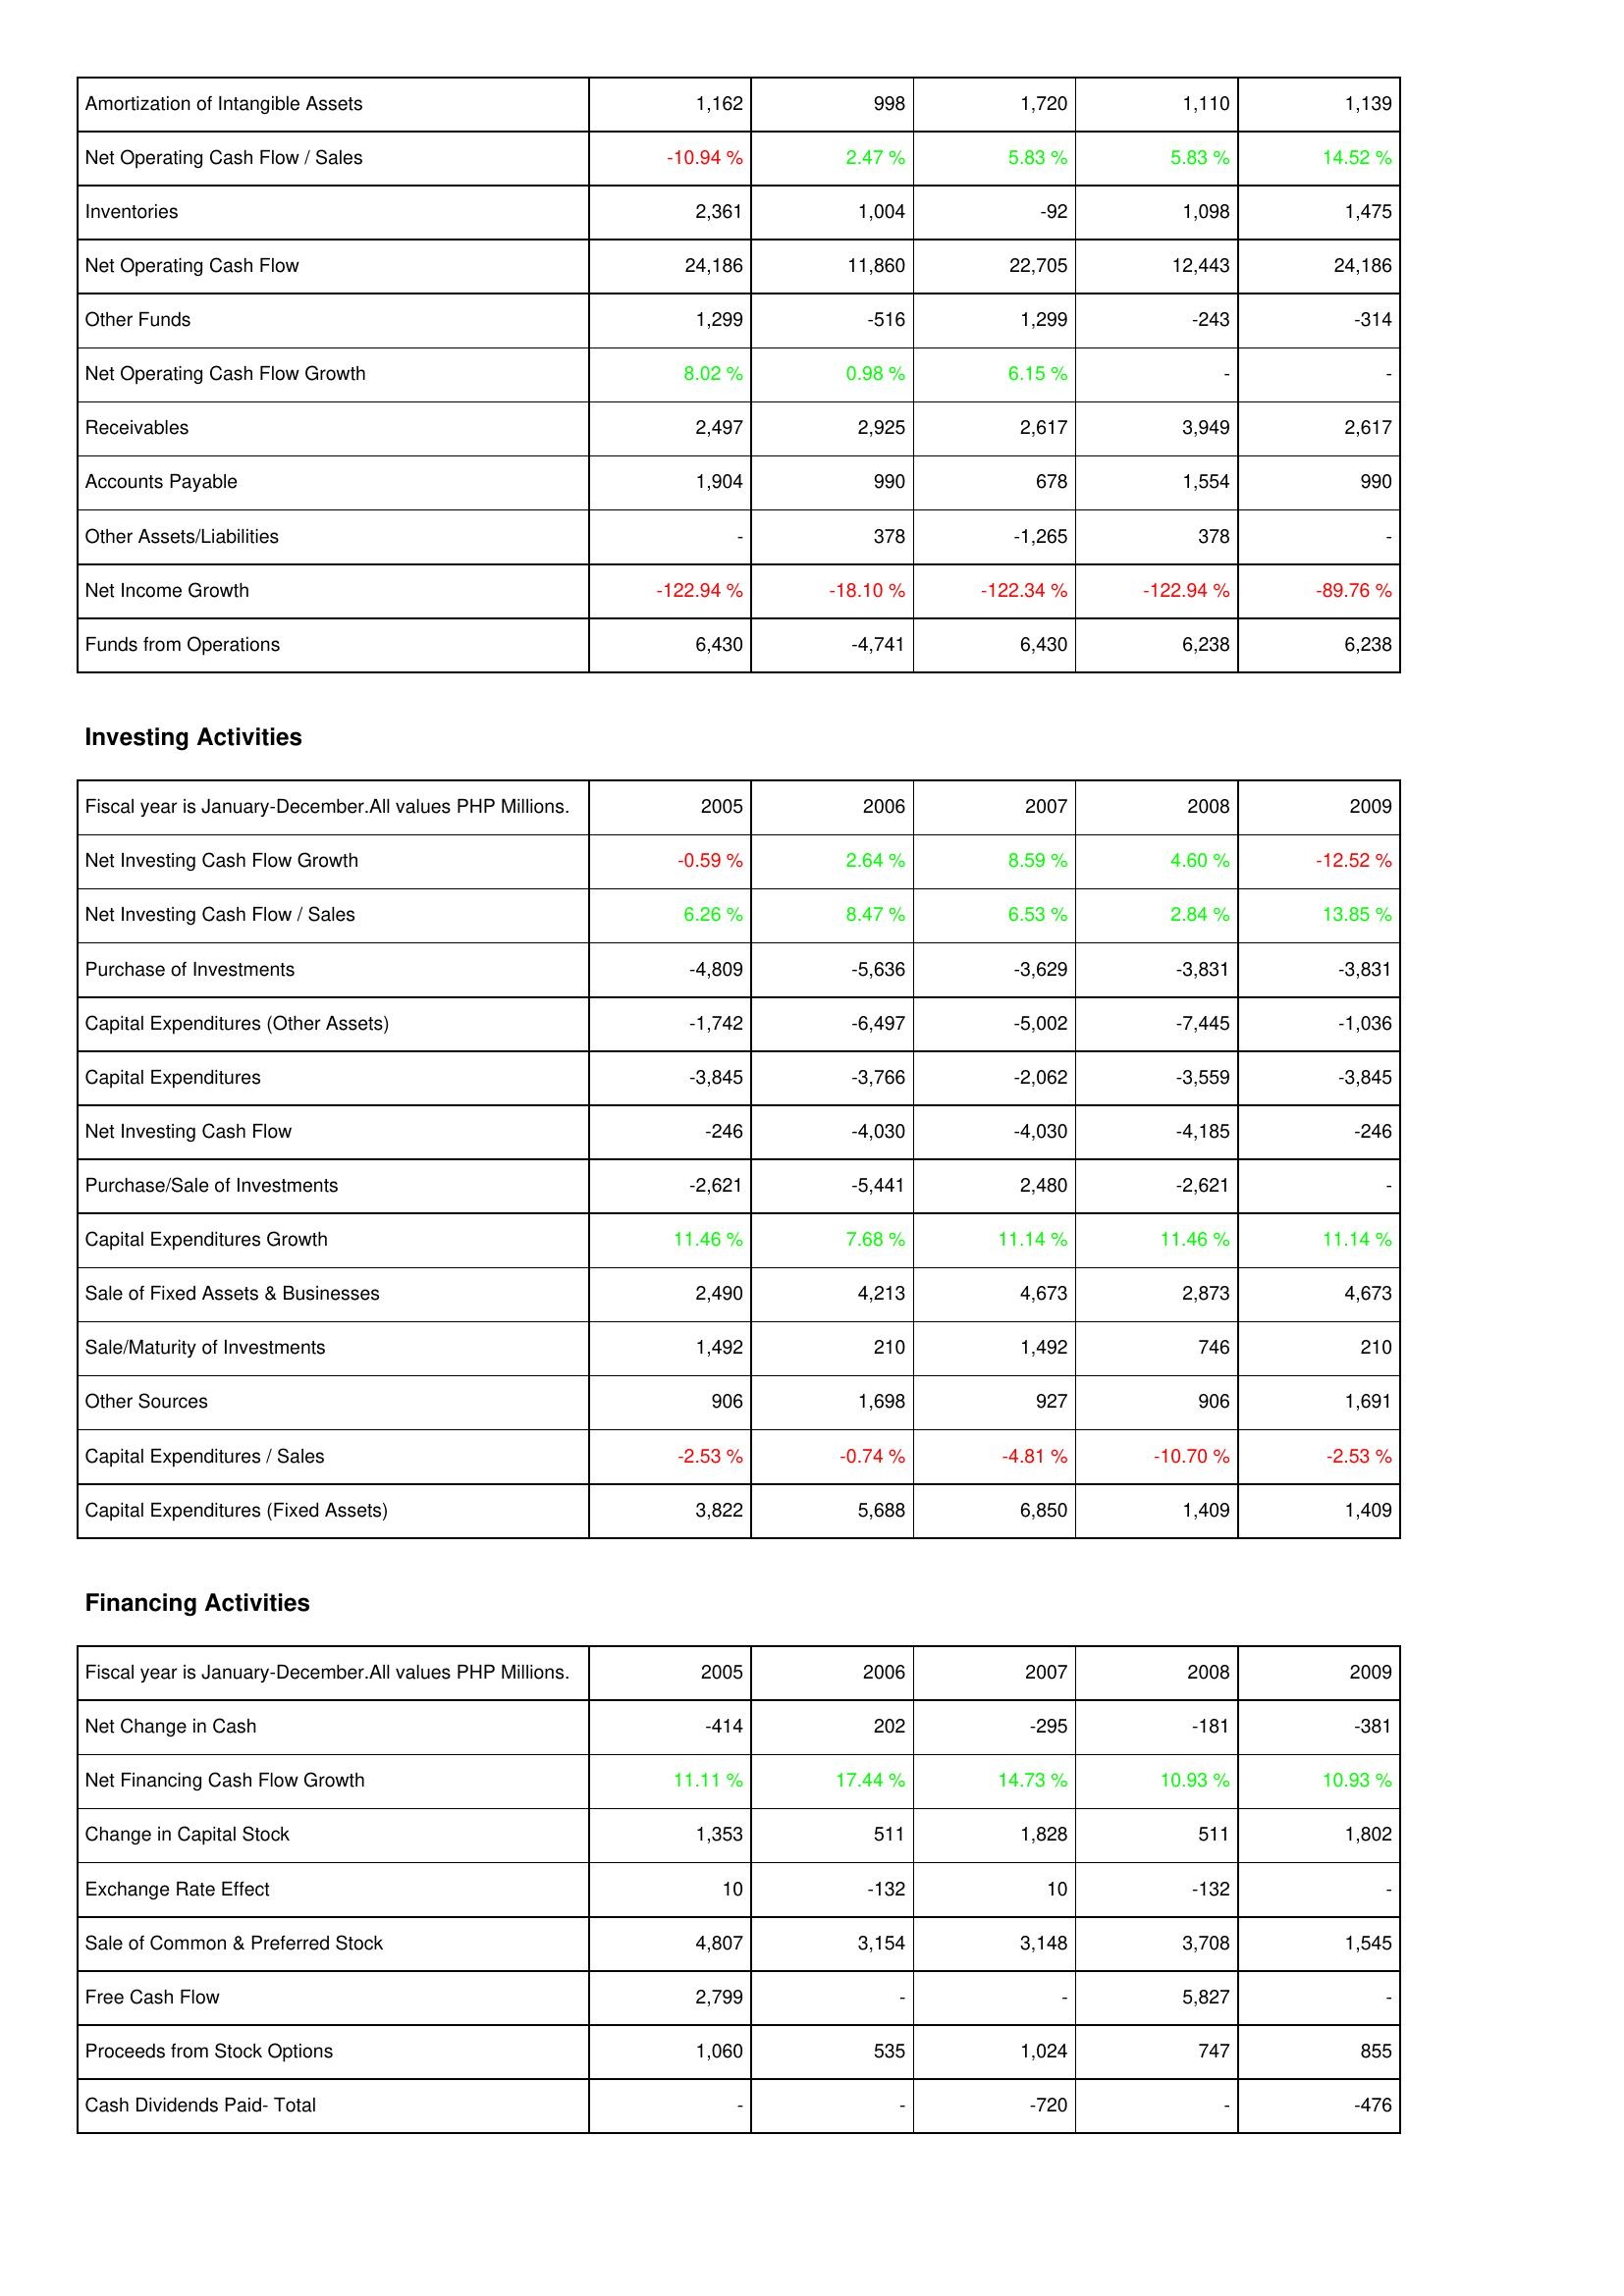
2005: Operating Activities: Amortization of Intangible Assets: 1,162
Net Operating Cash Flow / Sales: -10.94 %
Inventories: 2,361
Net Operating Cash Flow: 24,186
Other Funds: 1,299
Net Operating Cash Flow Growth: 8.02 %
Receivables: 2,497
Accounts Payable: 1,904
Other Assets/Liabilities: -
Net Income Growth: -122.94 %
Funds from Operations: 6,430
Investing Activities: Net Investing Cash Flow Growth: -0.59 %
Net Investing Cash Flow / Sales: 6.26 %
Purchase of Investments: -4,809
Capital Expenditures (Other Assets): -1,742
Capital Expenditures: -3,845
Net Investing Cash Flow: -246
Purchase/Sale of Investments: -2,621
Capital Expenditures Growth: 11.46 %
Sale of Fixed Assets & Businesses: 2,490
Sale/Maturity of Investments: 1,492
Other Sources: 906
Capital Expenditures / Sales: -2.53 %
Capital Expenditures (Fixed Assets): 3,822
Financing Activities: Net Change in Cash: -414
Net Financing Cash Flow Growth: 11.11 %
Change in Capital Stock: 1,353
Exchange Rate Effect: 10
Sale of Common & Preferred Stock: 4,807
Free Cash Flow: 2,799
Proceeds from Stock Options: 1,060
Cash Dividends Paid- Total: -
2006: Operating Activities: Amortization of Intangible Assets: 998
Net Operating Cash Flow / Sales: 2.47 %
Inventories: 1,004
Net Operating Cash Flow: 11,860
Other Funds: -516
Net Operating Cash Flow Growth: 0.98 %
Receivables: 2,925
Accounts Payable: 990
Other Assets/Liabilities: 378
Net Income Growth: -18.10 %
Funds from Operations: -4,741
Investing Activities: Net Investing Cash Flow Growth: 2.64 %
Net Investing Cash Flow / Sales: 8.47 %
Purchase of Investments: -5,636
Capital Expenditures (Other Assets): -6,497
Capital Expenditures: -3,766
Net Investing Cash Flow: -4,030
Purchase/Sale of Investments: -5,441
Capital Expenditures Growth: 7.68 %
Sale of Fixed Assets & Businesses: 4,213
Sale/Maturity of Investments: 210
Other Sources: 1,698
Capital Expenditures / Sales: -0.74 %
Capital Expenditures (Fixed Assets): 5,688
Financing Activities: Net Change in Cash: 202
Net Financing Cash Flow Growth: 17.44 %
Change in Capital Stock: 511
Exchange Rate Effect: -132
Sale of Common & Preferred Stock: 3,154
Free Cash Flow: -
Proceeds from Stock Options: 535
Cash Dividends Paid- Total: -
2007: Operating Activities: Amortization of Intangible Assets: 1,720
Net Operating Cash Flow / Sales: 5.83 %
Inventories: -92
Net Operating Cash Flow: 22,705
Other Funds: 1,299
Net Operating Cash Flow Growth: 6.15 %
Receivables: 2,617
Accounts Payable: 678
Other Assets/Liabilities: -1,265
Net Income Growth: -122.34 %
Funds from Operations: 6,430
Investing Activities: Net Investing Cash Flow Growth: 8.59 %
Net Investing Cash Flow / Sales: 6.53 %
Purchase of Investments: -3,629
Capital Expenditures (Other Assets): -5,002
Capital Expenditures: -2,062
Net Investing Cash Flow: -4,030
Purchase/Sale of Investments: 2,480
Capital Expenditures Growth: 11.14 %
Sale of Fixed Assets & Businesses: 4,673
Sale/Maturity of Investments: 1,492
Other Sources: 927
Capital Expenditures / Sales: -4.81 %
Capital Expenditures (Fixed Assets): 6,850
Financing Activities: Net Change in Cash: -295
Net Financing Cash Flow Growth: 14.73 %
Change in Capital Stock: 1,828
Exchange Rate Effect: 10
Sale of Common & Preferred Stock: 3,148
Free Cash Flow: -
Proceeds from Stock Options: 1,024
Cash Dividends Paid- Total: -720
2008: Operating Activities: Amortization of Intangible Assets: 1,110
Net Operating Cash Flow / Sales: 5.83 %
Inventories: 1,098
Net Operating Cash Flow: 12,443
Other Funds: -243
Net Operating Cash Flow Growth: -
Receivables: 3,949
Accounts Payable: 1,554
Other Assets/Liabilities: 378
Net Income Growth: -122.94 %
Funds from Operations: 6,238
Investing Activities: Net Investing Cash Flow Growth: 4.60 %
Net Investing Cash Flow / Sales: 2.84 %
Purchase of Investments: -3,831
Capital Expenditures (Other Assets): -7,445
Capital Expenditures: -3,559
Net Investing Cash Flow: -4,185
Purchase/Sale of Investments: -2,621
Capital Expenditures Growth: 11.46 %
Sale of Fixed Assets & Businesses: 2,873
Sale/Maturity of Investments: 746
Other Sources: 906
Capital Expenditures / Sales: -10.70 %
Capital Expenditures (Fixed Assets): 1,409
Financing Activities: Net Change in Cash: -181
Net Financing Cash Flow Growth: 10.93 %
Change in Capital Stock: 511
Exchange Rate Effect: -132
Sale of Common & Preferred Stock: 3,708
Free Cash Flow: 5,827
Proceeds from Stock Options: 747
Cash Dividends Paid- Total: -
2009: Operating Activities: Amortization of Intangible Assets: 1,139
Net Operating Cash Flow / Sales: 14.52 %
Inventories: 1,475
Net Operating Cash Flow: 24,186
Other Funds: -314
Net Operating Cash Flow Growth: -
Receivables: 2,617
Accounts Payable: 990
Other Assets/Liabilities: -
Net Income Growth: -89.76 %
Funds from Operations: 6,238
Investing Activities: Net Investing Cash Flow Growth: -12.52 %
Net Investing Cash Flow / Sales: 13.85 %
Purchase of Investments: -3,831
Capital Expenditures (Other Assets): -1,036
Capital Expenditures: -3,845
Net Investing Cash Flow: -246
Purchase/Sale of Investments: -
Capital Expenditures Growth: 11.14 %
Sale of Fixed Assets & Businesses: 4,673
Sale/Maturity of Investments: 210
Other Sources: 1,691
Capital Expenditures / Sales: -2.53 %
Capital Expenditures (Fixed Assets): 1,409
Financing Activities: Net Change in Cash: -381
Net Financing Cash Flow Growth: 10.93 %
Change in Capital Stock: 1,802
Exchange Rate Effect: -
Sale of Common & Preferred Stock: 1,545
Free Cash Flow: -
Proceeds from Stock Options: 855
Cash Dividends Paid- Total: -476